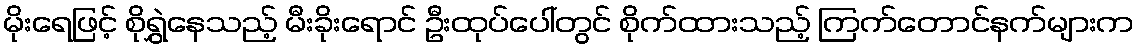
မိုးရေဖြင့် စိုရွှဲနေသည့် မီးခိုးရောင် ဦးထုပ်ပေါ်တွင် စိုက်ထားသည့် ကြက်တောင်နက်များက